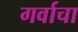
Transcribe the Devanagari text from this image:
गर्वाचा